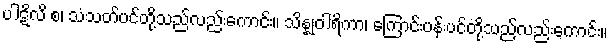
ပါဋိလိ စ၊ သံသတ်ပင်တို့သည်လည်းကောင်း။ သိန္နုဝါရိကာ၊ ကြောင်းပန်းပင်တို့သည်လည်းကောင်း။